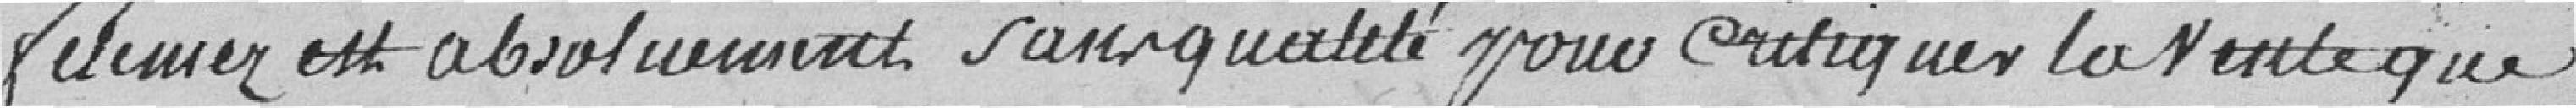
Felemez est absolument sans qualité pour critiquer la vente que